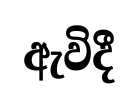
ඇවිදී